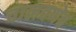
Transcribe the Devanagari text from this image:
चालवणेच